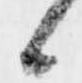
候